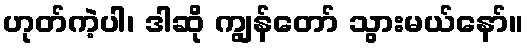
ဟုတ်ကဲ့ပါ၊ ဒါဆို ကျွန်တော် သွားမယ်နော်။